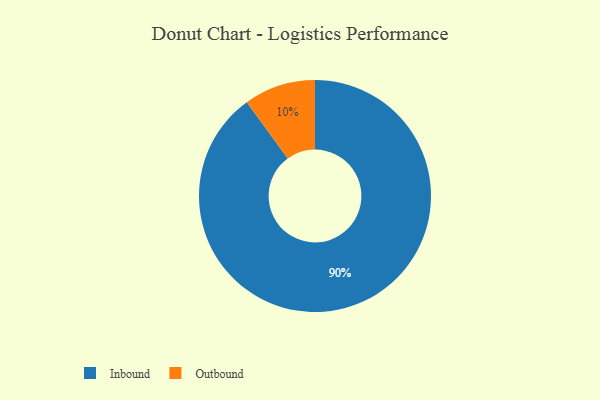
{"axis": {"x": "Category", "y": "Percentage"}, "legend": ["Inbound", "Outbound"], "data": [{"x": "Outbound", "y": 10, "type": "Outbound"}, {"x": "Inbound", "y": 90, "type": "Inbound"}]}